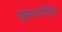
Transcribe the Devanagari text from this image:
सूक्ष्मदर्शकीय